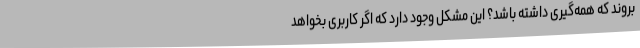
بروند که همه‌گیری داشته باشد؟ این مشکل وجود دارد که اگر کاربری بخواهد